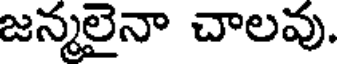
జన్మలైనా చాలవు.